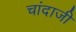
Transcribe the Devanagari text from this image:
चांदाजी